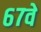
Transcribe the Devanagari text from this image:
६७वे